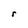
Character: r